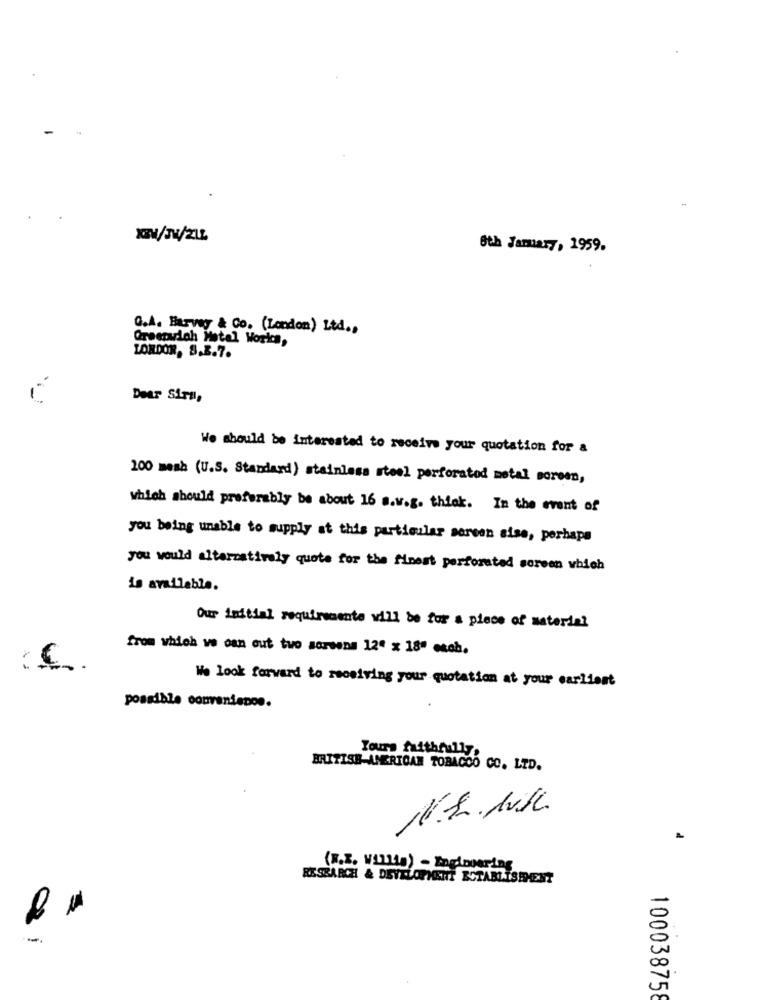
6th January, 1959.
Q.A. Harvey & Co. (London) Ltd .,
Greenwich Metal Works,
LONDON, S.B.7.
Dear Sira,
We should be interested to receive your quotation for a
200 mesh (U.S. Standard) stainless steel perforated metal screen,
which should preferably be about 16 s.w.g. thick. In the event of
you being unable to supply at this particular sersen sise, perhaps
you would altarzatively quote for the finest perforated screen which
is available.
Our initial requirements will be for a piece of material
from which ve can out two screens 12" x 18" esch.
We look forward to receiving your quotation at your earliest
possible convenience.
Yours faithfully.
BRITISH AMERICAN TOBACCO CO. LTD.
1
(W.X. WILLia) - Engineering
RESEARCH & DEVELOPMENT ESTABLISHMENT
-
100038758